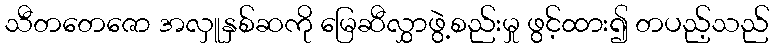
သီတတေဇော အလှူနှစ်ဆကို မြေဆီလွှာဖွဲ့စည်းမှု ဖွင့်ထား၍ တပည့်သည်